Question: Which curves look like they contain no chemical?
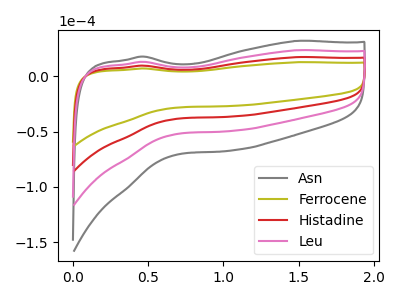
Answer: <think>The gray curve "Asn" has no peaks. The olive curve "Ferrocene" has no peaks. The red curve "Histadine" has no peaks. The pink curve "Leu" has no peaks.</think>
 <answer>"Asn", "Ferrocene", "Histadine" and "Leu" are likely to be blanks.</answer>
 <eval>"Asn", "Ferrocene", "Histadine", "Leu"</eval>